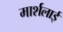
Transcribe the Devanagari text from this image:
मार्शलाई